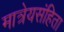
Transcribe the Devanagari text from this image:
मात्रेयसंहिता